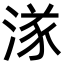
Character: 㴚